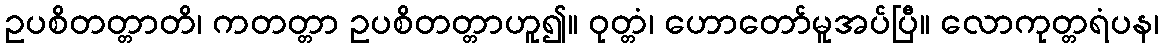
ဥပစိတတ္တာတိ၊ ကတတ္တာ ဥပစိတတ္တာဟူ၍။ ဝုတ္တံ၊ ဟောတော်မူအပ်ပြီ။ လောကုတ္တရံပန၊